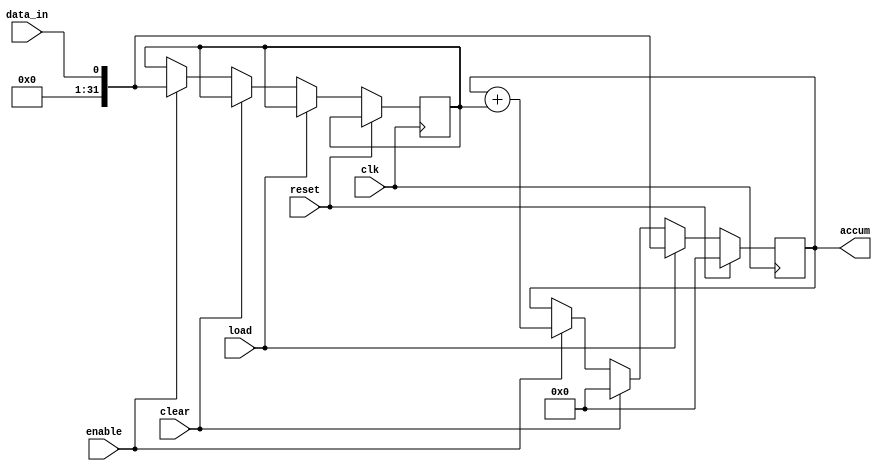
module accumulator (
    input clk,
    input reset,
    input load,
    input clear,
    input data_in,
    input enable,
    output reg [31:0] accum
);

reg [31:0] data_reg;

always @(posedge clk) begin
    if (reset) begin
        accum <= 32'h0000_0000;
    end else begin
        if (load) begin
            accum <= data_in;
        end else if (clear) begin
            accum <= 32'h0000_0000;
        end else begin
            if (enable) begin
                data_reg <= data_in;
                accum <= accum + data_reg;
            end
        end
    end
end

endmodule